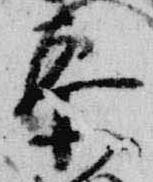
参